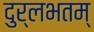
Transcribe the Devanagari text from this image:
दुर्लभतम्